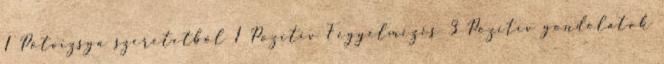
1 Pótvizsga szeretetből 1 Pozitív Fegyelmezés 3 Pozitív gondolatok